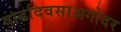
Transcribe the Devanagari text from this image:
वाढदिवसाअगोदर